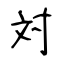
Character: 対